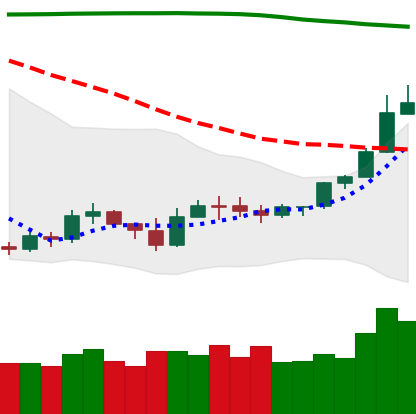
Ticker: ETH-USD
Chart end date: 2019-09-18
Forward return: -4.481%
Label: down_3_5